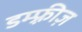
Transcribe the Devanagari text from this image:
डम्फ़्रीज़